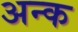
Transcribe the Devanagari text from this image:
अन्क